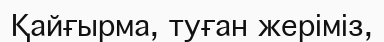
Қайғырма, туған жеріміз,